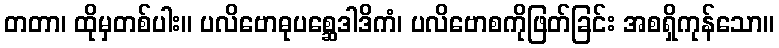
တတာ၊ ထိုမှတစ်ပါး။ ပလိဗောဓုပစ္ဆေဒါဒိကံ၊ ပလိဗောစကိုဖြတ်ခြင်း အစရှိကုန်သော။